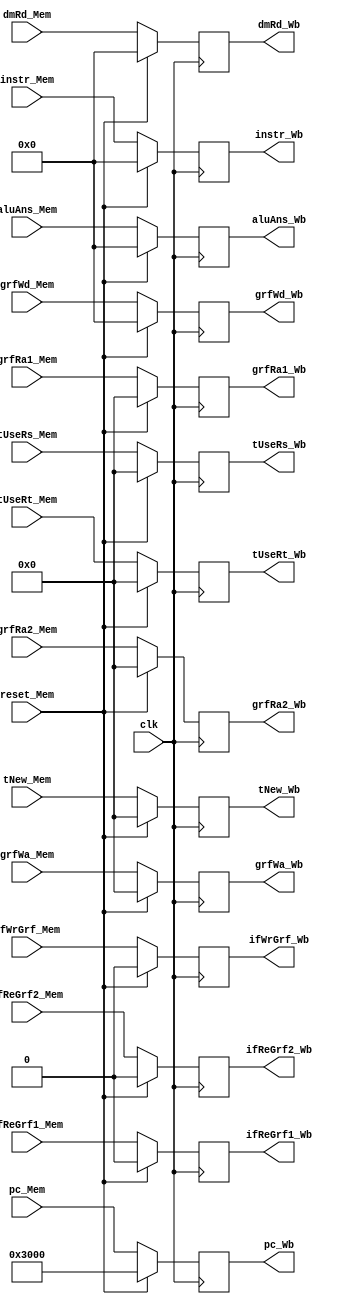
`timescale 1ns / 1ps
//////////////////////////////////////////////////////////////////////////////////
// Company: 
// Engineer: 
// 
// Design Name: 
// Module Name:    MemWb 
// Project Name: 
// Target Devices: 
// Tool versions: 
// Description: 
//
// Dependencies: 
//
// Revision: 
// Revision 0.01 - File Created
// Additional Comments: 
//
//////////////////////////////////////////////////////////////////////////////////
module MemWb(
	input clk,
	input reset_Mem,
	input [31:0]pc_Mem,
	input [31:0]instr_Mem,
	input [31:0]dmRd_Mem,
	input [31:0]aluAns_Mem,
	input [4:0]grfWa_Mem,
	//for Hz
	input ifReGrf1_Mem,
	input ifReGrf2_Mem,
	input ifWrGrf_Mem,
	input [4:0]grfRa1_Mem,
	input [4:0]grfRa2_Mem,
	//input [4:0]grfWa_Mem,
	input [31:0]grfWd_Mem,
	input [4:0]tUseRs_Mem,
	input [4:0]tUseRt_Mem,
	input [4:0]tNew_Mem,
		
	output reg [31:0]pc_Wb,
	output reg [31:0]instr_Wb,
	output reg [31:0]dmRd_Wb,
	output reg [31:0]aluAns_Wb,
	output reg [4:0]grfWa_Wb,	
	//for Hz
	output reg ifReGrf1_Wb,
	output reg ifReGrf2_Wb,
	output reg ifWrGrf_Wb,
	output reg [4:0]grfRa1_Wb,
	output reg [4:0]grfRa2_Wb,
	//output reg [4:0]grfWa_Wb,
	output reg [31:0]grfWd_Wb,
	output reg [4:0]tUseRs_Wb,
	output reg [4:0]tUseRt_Wb,
	output reg [4:0]tNew_Wb
    );

	initial begin
		pc_Wb <= 32'h00003000;
		instr_Wb <= 0;
		dmRd_Wb <= 0;
		aluAns_Wb <= 0;
		grfWa_Wb <= 0;	
		//for Hz
		ifReGrf1_Wb <= 0;
		ifReGrf2_Wb <= 0;
		ifWrGrf_Wb <= 0;
		grfRa1_Wb <= 0;
		grfRa2_Wb <= 0;
		//grfWa_Wb <= 0;
		grfWd_Wb <= 0;
		tUseRs_Wb <= 0;
		tUseRt_Wb <= 0;
		tNew_Wb <= 0;
	end
	
	always@(posedge clk)begin
		if(reset_Mem)begin
			pc_Wb <= 32'h00003000;
			instr_Wb <= 0;
			dmRd_Wb <= 0;
			aluAns_Wb <= 0;
			grfWa_Wb <= 0;	
			//for Hz
			ifReGrf1_Wb <= 0;
			ifReGrf2_Wb <= 0;
			ifWrGrf_Wb <= 0;
			grfRa1_Wb <= 0;
			grfRa2_Wb <= 0;
			//grfWa_Wb <= 0;
			grfWd_Wb <= 0;
			tUseRs_Wb <= 0;
			tUseRt_Wb <= 0;
			tNew_Wb <= 0;
		end
		else begin
			pc_Wb <= pc_Mem;
			instr_Wb <= instr_Mem;
			dmRd_Wb <= dmRd_Mem;
			aluAns_Wb <= aluAns_Mem;
			grfWa_Wb <= grfWa_Mem;	
			//for Hz
			ifReGrf1_Wb <= ifReGrf1_Mem;
			ifReGrf2_Wb <= ifReGrf2_Mem;
			ifWrGrf_Wb <= ifWrGrf_Mem;
			grfRa1_Wb <= grfRa1_Mem;
			grfRa2_Wb <= grfRa2_Mem;
			//grfWa_Wb <= grfWa_Mem;
			grfWd_Wb <= grfWd_Mem;
			tUseRs_Wb <= tUseRs_Mem;
			tUseRt_Wb <= tUseRt_Mem;
			tNew_Wb <= tNew_Mem;
		end
	end

endmodule